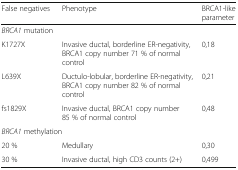
<table><thead><tr><td><b>False negatives</b></td><td><b>Phenotype</b></td><td><b>BRCA1-like parameter</b></td></tr></thead><tbody><tr><td><i>BRCA1</i> mutation</td><td></td><td></td></tr><tr><td>K1727X</td><td>Invasive ductal, borderline ER-negativity, BRCA1 copy number 71 % of normal control</td><td>0,18</td></tr><tr><td>L639X</td><td>Ductulo-lobular, borderline ER-negativity,BRCA1 copy number 82 % of normal control</td><td>0,21</td></tr><tr><td>fs1829X</td><td>Invasive ductal, BRCA1 copy number 85 % of normal control</td><td>0,48</td></tr><tr><td colspan="2"><i>BRCA1</i> methylation</td><td></td></tr><tr><td>20 %</td><td>Medullary</td><td>0,30</td></tr><tr><td>30 %</td><td>Invasive ductal, high CD3 counts (2+)</td><td>0,499</td></tr></tbody></table>